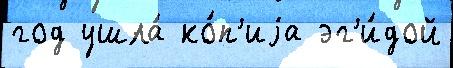
год ушла́ ко́п'иjа эг'и́дой